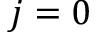
j = 0